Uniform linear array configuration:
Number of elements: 48
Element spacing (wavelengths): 0.75
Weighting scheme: exponential
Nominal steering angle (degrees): -30
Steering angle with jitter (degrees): -30.83
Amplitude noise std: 0.05
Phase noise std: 0.05

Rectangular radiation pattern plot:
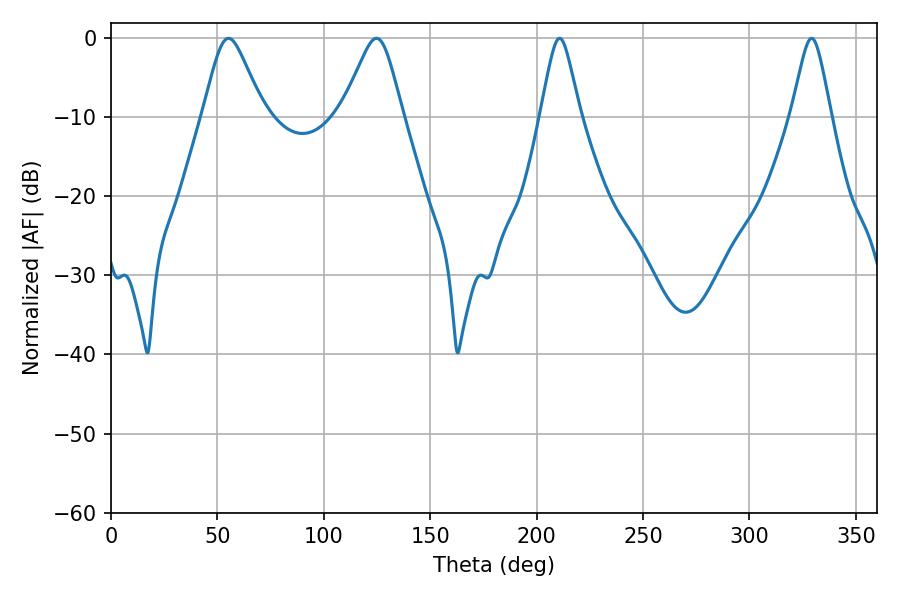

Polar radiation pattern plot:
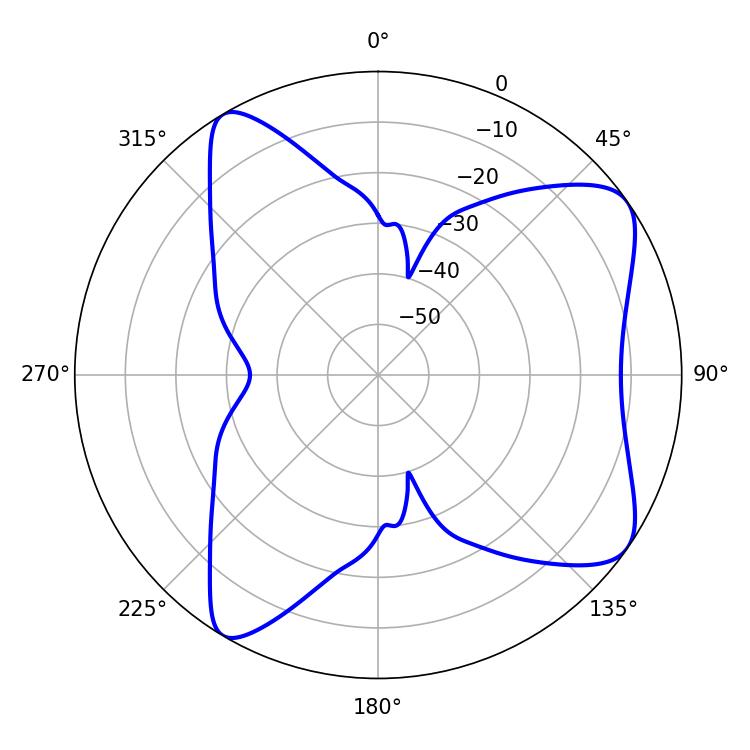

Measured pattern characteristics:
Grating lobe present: TRUE
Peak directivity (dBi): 8.072
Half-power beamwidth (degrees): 8.82
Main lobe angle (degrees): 210.78